Vaccination United Provinces of Agra and Oudh 1902-1913 - 1902-1913
Year: 1902
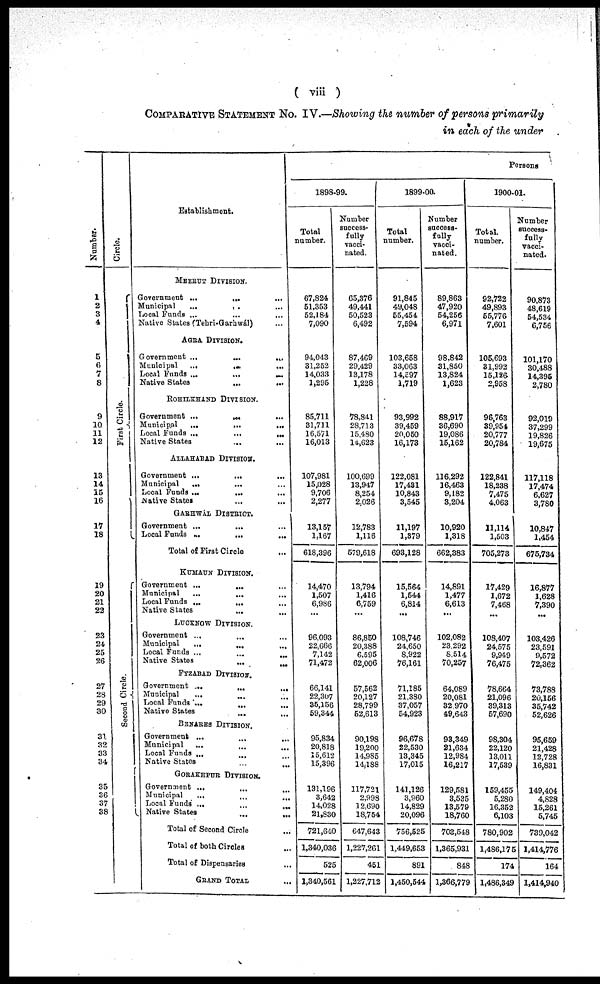
( viii )
COMPARATIVE STATEMENT No. IV.—Showing the number of persons primarily
in each of the under
Number.
1
2
3
4
5
6
7
8
9
10
11
12
13
14
15
16
17
18
19
20
21
22
23
24
25
26
27
28
29
30
31
32
33
34
35
36
37
38
Circle.
First Circle.
Second Circle.
Establishment.
MEERUT DIVISION.
Government ...
...
...
Municipal
...
... ...
Local Funds ... ... ...
Native States (Tehri-Garhwál)
AGRA DIVISION.
Government ...
...
....
Municipal
...
...
...
Local Funds ...
...
...
Native States
...
...
ROHILKHAND DIVISION.
Government ...
...
...
Municipal
...
...
...
Local Funds ...
...
...
Native States ... ...
ALLAHABAD DIVISION.
Government ...
...
Municipal
...
...
...
Local Funds ...
... ...
Native States ... ...
GARHWÁL DISTRICT.
Government ... ... ...
Local Funds ... ... ...
Total of First Circle ...
KUMAUN DIVISION.
Government ...
... ...
Municipal
...
... ...
Local Funds ...
... ...
Native States
...
...
LUCKNOW DIVISION.
Government ... ... ...
Municipal
...
...
...
Local Funds ... ... ...
Native States
...
...
FYZABAD DIVISION.
Government ...
...
...
Municipal
...
...
...
Local Funds ...
... ...
Native States ... ...
BENARES DIVISION.
Government ...
Municipal
...
... ...
Local Funds ... ... ...
Native States ... ...
GORAKHPUR DIVISION.
Government ...
... ...
Municipal
...
...
...
Local Funds ...
...
...
Native States
...
...
Total of Second Circle ...
Total of both Circles ...
Total of Dispensaries ...
GRAND TOTAL ...
Persons
1898-99.
Total
number.
67,824
51,353
52,184
7,090
94,043
31,252
14,033
1,295
85,711
31,711
16,571
16,013
107,981
15,028
9,706
2,277
13,157
1,167
618,396
14,470
1,507
6,986
...
96,093
22,666
7,142
71,472
66,141
22,307
35,156
59,344
95,834
20,818
15,612
15,396
131,196
3,642
14,028
21,830
721,640
1,340,036
525
1,340,561
Number
success¬
fully
vacci-
nated.
65,376
49,441
50,523
6,492
87,469
29,429
13,178
1,228
78,841
28,713
15,480
14,623
100,699
13,947
8,254
2,026
12,783
1,116
579,618
13,794
1,416
6,759
...
86,850
20,388
6,595
62,006
57,562
20,127
28,799
52,613
90,198
19,200
14,985
14,188
117,721
2,998
12,690
18,754
647,643
1,227,261
451
1,227,712
1899-00.
Total
number.
91,845
49,048
55,454
7,594
103,658
33,063
14,597
1,719
93,992
39,459
20,050
16,173
122,081
17,431
10,843
3,545
11,197
1,379
693,128
15,564
1,544
6,814
...
108,746
24,650
8,922
76,161
71,185
21,380
37,057
54,923
96,678
22,530
13,345
17,015
141,126
3,960
14,829
20,096
756,525
1,449,653
891
1,450,544
Number
success¬
fully
vacci¬
nated.
89,863
47,920
54,256
6,971
98,842
31,850
13,824
1,623
88,917
36,690
19,086
15,162
116,292
16,463
9,182
3,204
10,920
1,318
662,383
14,891
1,477
6,613
...
102,082
23,292
8,514
70,257
64,089
20,081
32,970
49,643
93,349
21,634
12,984
16,217
129,581
3,535
13,579
18,760
703,548
1,365,931
848
1,366,779
1900-01.
Total.
number.
92,722
49,893
55,776
7,601
105,693
31,992
15,126
2,958
96,763
39,954
20,777
20,784
122,841
18,238
7,475
4,063
11,114
1,503
705,273
17,429
1,672
7,468
...
108,407
24,575
9,949
76,475
78,664
21,096
39,313
57,690
98,304
22,120
13,011
17,539
159,455
5,280
16,352
6,103
780,902
1,486,175
174
1,486,349
Number
success¬
fully
vacci-
nated.
90,873
48,619
54,534
6,756
101,170
30,488
14,395
2,780
92,019
37,299
19,826
19,675
117,118
17,474
6,627
3,780
10,847
1,454
675,734
16,877
1,628
7,390
...
103,426
23,591
9,572
72,362
73,788
20,156
35,742
52,626
95,659
21,428
12,728
16,831
149,404
4,828
15,261
5,745
739,042
1,414,776
164
1,414,940